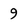
Character: 9